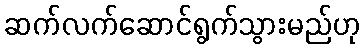
ဆက်လက်ဆောင်ရွက်သွားမည်ဟု